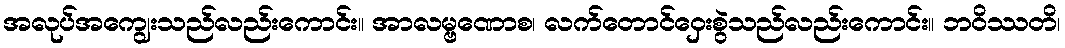
အလုပ်အကျွေးသည်လည်းကောင်း။ အာလမ္ဗဏောစ၊ လက်တောင်ဝှေးစွဲသည်လည်းကောင်း။ ဘဝိဿတိ၊